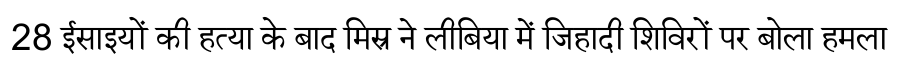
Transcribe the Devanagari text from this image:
28 ईसाइयों की हत्या के बाद मिस्र ने लीबिया में जिहादी शिविरों पर बोला हमला